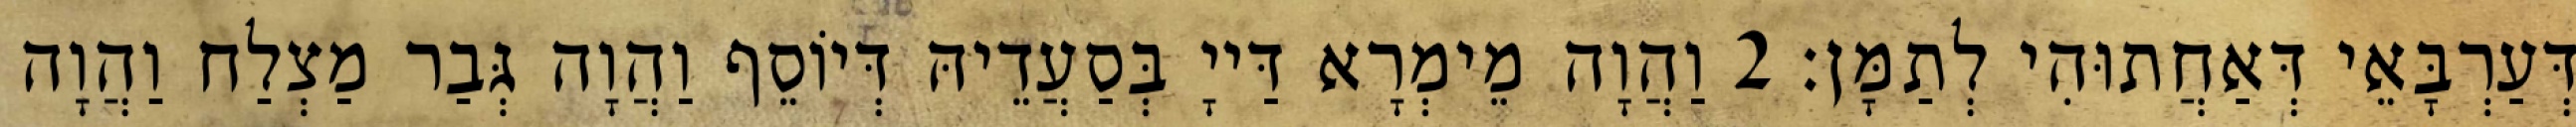
דְּעַרְבָּאֵי דְּאַחֲתוּהִי לְתַמָּן׃ 2 וַהֲוָה מֵימְרָא דַּייָ בְּסַעֲדֵיהּ דְּיוֹסֵף וַהֲוָה גְּבַר מַצְלַח וַהֲוָה